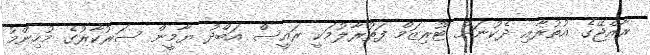
ރާއްޖޭގެ އުތުރާއި ދެކުނަށް ޓޫރިޒަމް ފަތުރާލުމަކީ ރައީސް އަބްދު ޔާމީން ސަރުކާރުގެ މުހިންމު